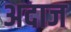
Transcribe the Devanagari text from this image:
अदाज